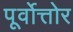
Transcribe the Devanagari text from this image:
पूर्वोत्तोर